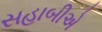
સહાબીએ